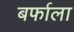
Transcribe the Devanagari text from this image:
बर्फाला